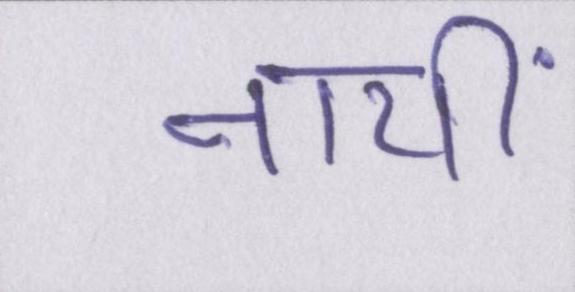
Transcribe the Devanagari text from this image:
नायीं